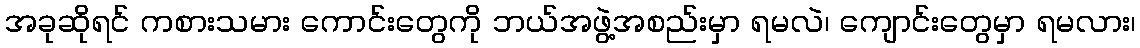
အခုဆိုရင် ကစားသမား ကောင်းတွေကို ဘယ်အဖွဲ့အစည်းမှာ ရမလဲ၊ ကျောင်းတွေမှာ ရမလား၊